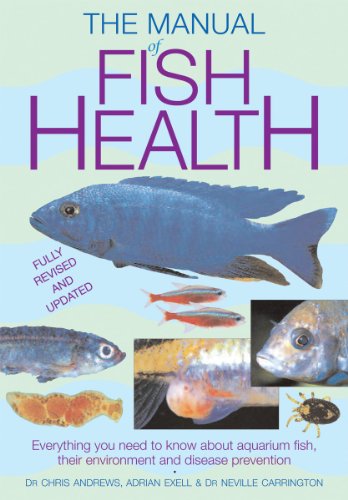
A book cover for Manual of Fish Health: Everything You Need to Know About Aquarium Fish, Their Environment and Disease Prevention; Dr. Chris Andrews; Crafts, Hobbies & Home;